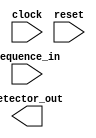
module seque_detect(clock,reset,sequence_in,detector_out);
	 input clock;
    input reset;
    input sequence_in;
    output reg detector_out;
	 parameter zero=3'b000,
					one=3'b001,
					two=3'b011,
					three=3'b010,
					four=3'b110;
	reg [2:0] cur_state,next_state;
	
	always @(posedge clock,posedge reset)
	begin
		if(reset==1)
	 cur_state<=zero;
	 else
	 cur_state<=next_state;
	end
	
	always @(cur_state,sequence_in)
	begin
	case(cur_state)
	zero:
		begin
		if(in==1)
		next_state<= one;
		else
		next_state<=zero;
		end
	one:
	begin
		if(in==1)
		next_state<= one;
		else
		next_state<=two;
		end
	two:
	begin
		if(in==1)
		next_state<= three;
		else
		next_state<=one;
		end
	three:
	begin
		if(in==1)
		next_state<= four;
		else
		next_state<=two;
		end
	four:
	begin
		if(in==1)
		next_state<= zero;
		else
		next_state<=two;
		end
	default : next_state<=zero;
	endcase
	end
	
	always @(cur_state)
	begin
		case(cur_state)
			zero: out=0;
			one: out=0;
			two: out=0;
			three: out=0;
			four: out=1;
			default:out=0;
		endcase
	end

endmodule